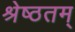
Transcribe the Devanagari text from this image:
श्रेष्ठतम्